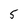
Character: 5